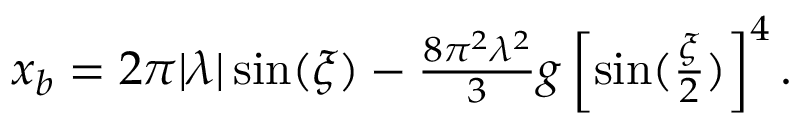
\begin{array} { r } { x _ { b } = 2 \pi | \lambda | \sin ( \xi ) - \frac { 8 \pi ^ { 2 } \lambda ^ { 2 } } { 3 } g \left[ \sin ( \frac { \xi } { 2 } ) \right] ^ { 4 } . } \end{array}